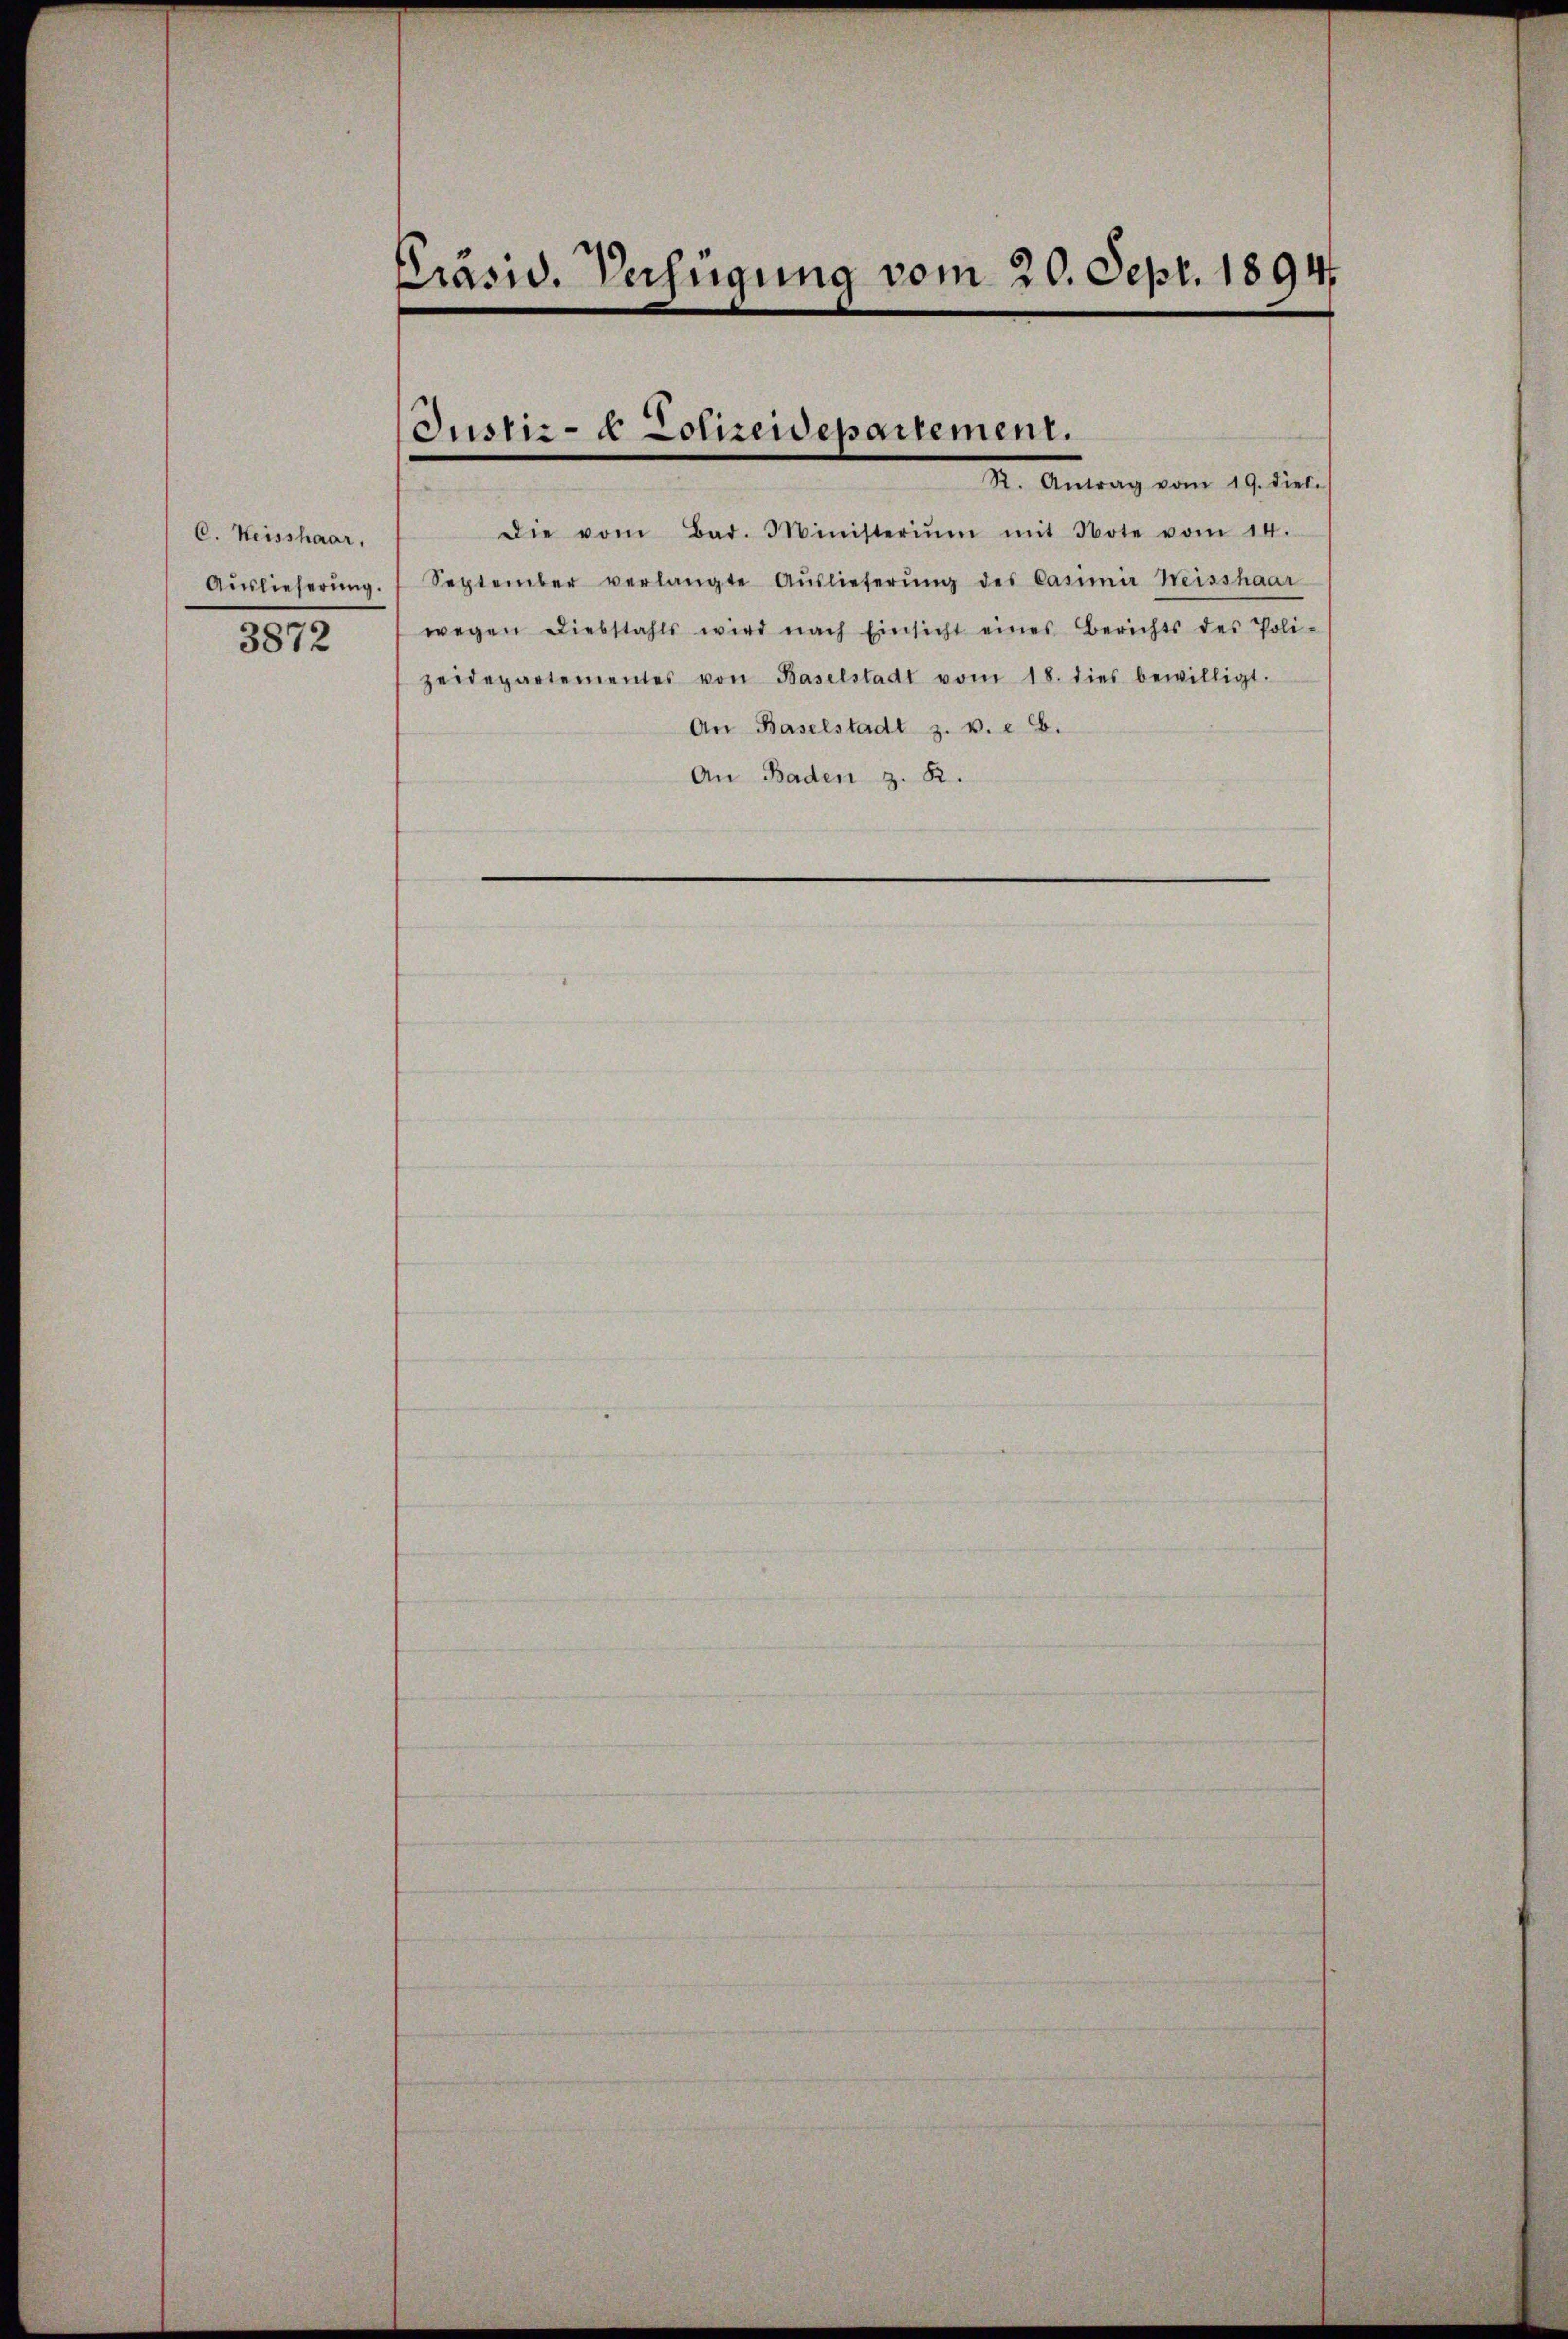
C. Heisshaar,
Auslieferung.
3872

Präsid. Verfügung vom 20. Sept. 1894

Justiz- & Polizeidepartement.
M. Antrag vom 19. dies

Die vom Bad. Ministeriŭm mit Note vom 14.
September verlangte Aŭslieferŭng des Casina Weisshaar
wegen Diebstahls wird nach Einsicht eines Berichts des Poli-
zeidepartementes von Baselstadt vom 18. dies bewilligt.
An Baselstadt z. v. 6.
An Baden z. B.